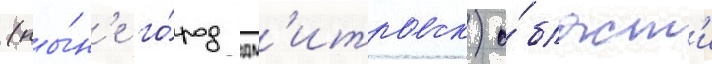
(ны́н'е го́род дм'итровск) о́бласт'и